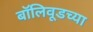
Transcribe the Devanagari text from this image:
बॉलिवूडच्या